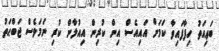
ބަޢިއަތު ހިފާފައިވާ ކަމަށް އައިއެސް އިން ކުރިން އިއުލާން ކުރި ނަމަވެސް ޖަބްޙަތު